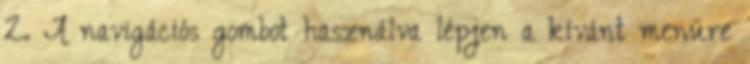
2. A navigációs gombot használva lépjen a kívánt menüre